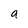
Character: a